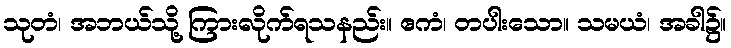
သုတံ၊ အဘယ်သို့ ကြားလိုက်ရသနည်း။ ဧကံ၊ တပါးသော။ သမယံ၊ အခါ၌။